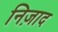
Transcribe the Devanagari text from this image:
निज़ाद